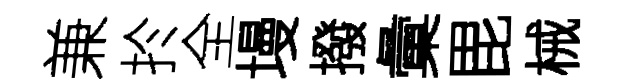
兼扵全墁撥彙毘械